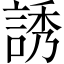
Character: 誘